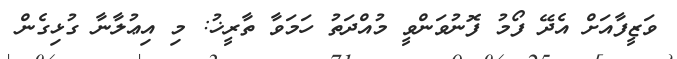
ވަޒީފާއަށް އެދޭ ފޯމު ފޮނުވަންވީ މުއްދަތު ހަމަވާ ތާރީޚު: މި އިޢުލާނާ ގުޅިގެން